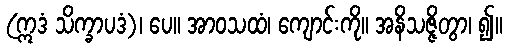
(ဣဒံ သိက္ခာပဒံ)၊ ပေ။ အာဝသထံ၊ ကျောင်းကို။ အနိသဇ္ဇိတွာ၊ ၍။